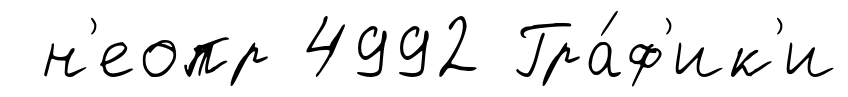
н'еопр 4992 Гра́ф'ик'и